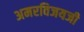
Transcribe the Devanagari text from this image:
अमरविजयजी